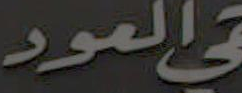
العود